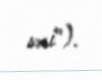
səsi").